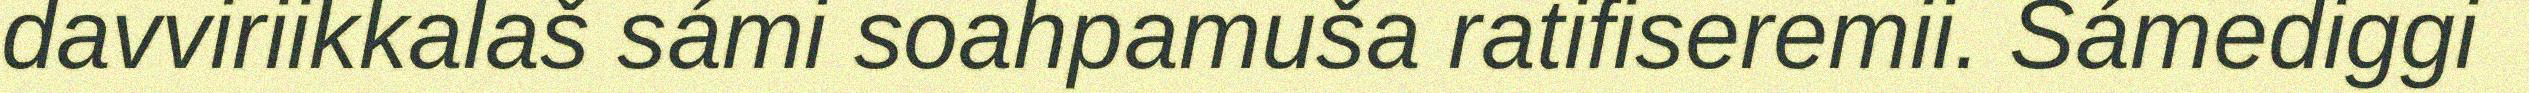
davviriikkalaš sámi soahpamuša ratifiseremii. Sámediggi